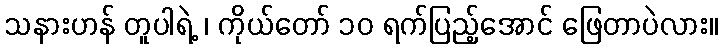
သနားဟန် တူပါရဲ့ ၊ ကိုယ်တော် ၁၀ ရက်ပြည့်အောင် ဖြေတာပဲလား။